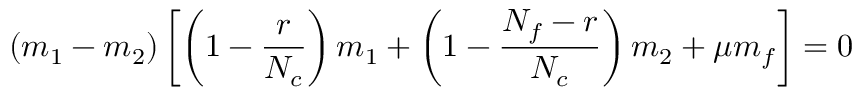
( m _ { 1 } - m _ { 2 } ) \left[ \left( 1 - \frac { r } { N _ { c } } \right) m _ { 1 } + \left( 1 - \frac { N _ { f } - r } { N _ { c } } \right) m _ { 2 } + \mu m _ { f } \right] = 0